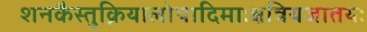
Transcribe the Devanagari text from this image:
शनकैस्तुक्रियालोपादिमाःक्षत्रियजातयः